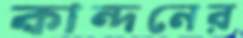
কান্দনের